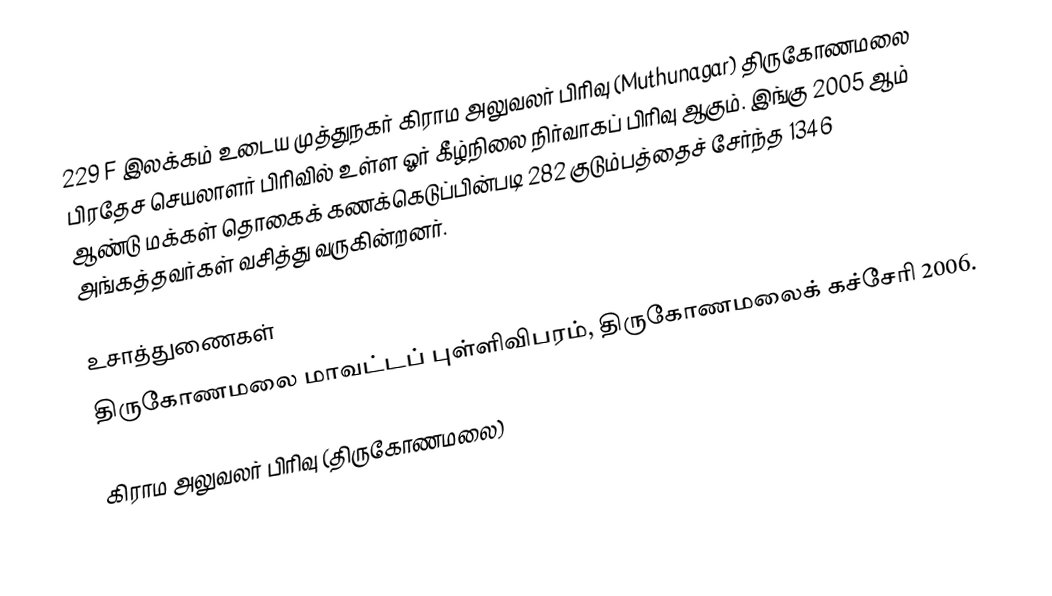
229 F இலக்கம்  உடைய முத்துநகர் கிராம அலுவலர் பிரிவு  (Muthunagar) திருகோணமலை பிரதேச செயலாளர் பிரிவில் உள்ள ஓர் கீழ்நிலை நிர்வாகப் பிரிவு ஆகும். இங்கு 2005 ஆம் ஆண்டு மக்கள் தொகைக் கணக்கெடுப்பின்படி 282 குடும்பத்தைச் சேர்ந்த 1346 அங்கத்தவர்கள் வசித்து வருகின்றனர்.

உசாத்துணைகள்
திருகோணமலை மாவட்டப் புள்ளிவிபரம், திருகோணமலைக் கச்சேரி 2006.

கிராம அலுவலர் பிரிவு (திருகோணமலை)